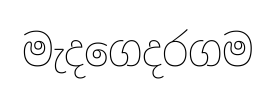
මැදගෙදරගම